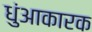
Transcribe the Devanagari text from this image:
धुंआकारक